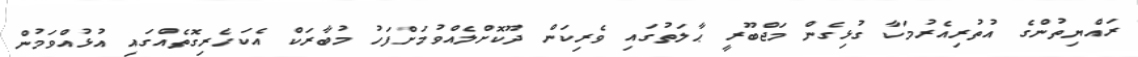
ރައްޔިތުންގެ އުތުރިއެރުމަކާ ގުޅިގެން މަޖްބޫރީ ޙާލަތުގައި ވެރިކަން ދޫކޮށްލެއްވުމަށްފަހު މުބާރަކް އެކަހެރިގޮތެއްގައި އުޅުއްވަމުން